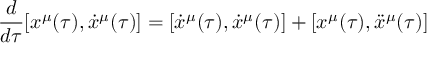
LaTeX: \frac { d } { d \tau } [ x ^ { \mu } ( \tau ) , \dot { x } ^ { \mu } ( \tau ) ] = [ \dot { x } ^ { \mu } ( \tau ) , \dot { x } ^ { \mu } ( \tau ) ] + [ x ^ { \mu } ( \tau ) , \ddot { x } ^ { \mu } ( \tau ) ]